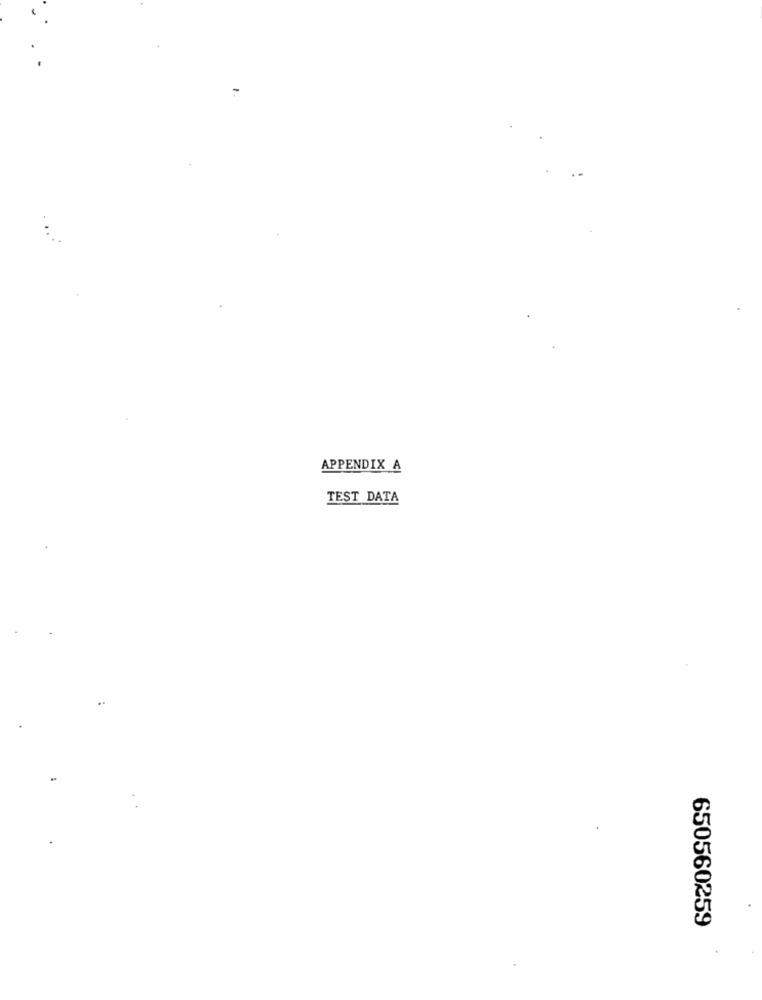
APPENDIX A
TEST DATA
650560259